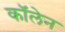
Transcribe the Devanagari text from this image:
कॉलेन